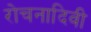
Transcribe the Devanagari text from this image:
रोचनादिवी